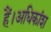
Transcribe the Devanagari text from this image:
हैं।अधिकांश